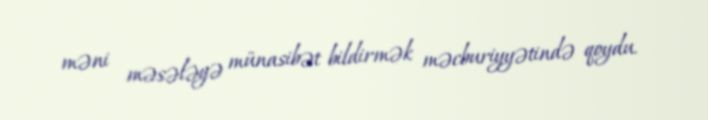
məni məsələyə münasibət bildirmək məcburiyyətində qoydu.